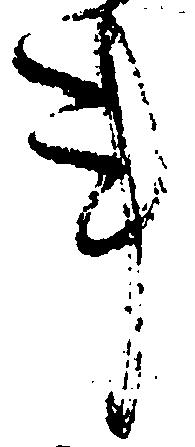
事